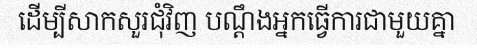
ដើម្បីសាកសួរជុំវិញ បណ្តឹងអ្នកធ្វើការជាមួយគ្នា